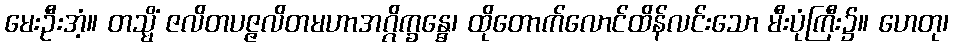
မေးဦးအံ့။ တသ္မိံ ဇလိတပဇ္ဇလိတမဟာအဂ္ဂိက္ခန္ဓေ၊ ထိုတောက်လောင်ထိန်လင်းသော မီးပုံကြီး၌။ ဟေတု၊